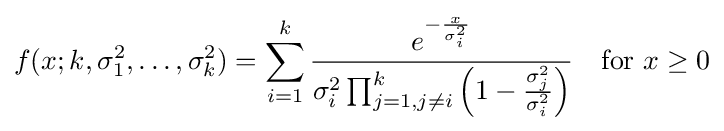
f(x;k,\sigma _{1}^{2},\ldots ,\sigma _{k}^{2})=\sum _{i=1}^{k}{\frac {e^{-{\frac {x}{\sigma _{i}^{2}}}}}{\sigma _{i}^{2}\prod _{j=1,j\neq i}^{k}\left(1-{\frac {\sigma _{j}^{2}}{\sigma _{i}^{2}}}\right)}}\quad {\text{for }}x\geq 0